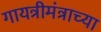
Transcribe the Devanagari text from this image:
गायत्रीमंत्राच्या